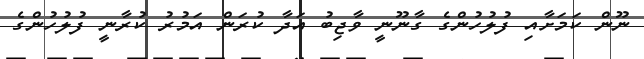
ނޫން ކަމަށާއި ފުލުހުންގެ ގާނޫނީ ވާޖިބު އަދާ ކުރަން އަމުރު ކުރާނީ ފުލުހުންގެ